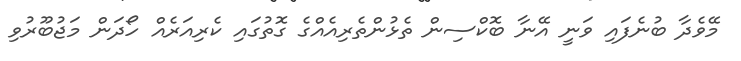
މޭވެދާ ބުނެފައި ވަނީ އޭނާ ބޮކްސިން ތެޅުންތެރިއެއްގެ ގޮތުގައި ކެރިއަރެއް ހޯދަން މަޖުބޫރުވި